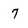
Character: 7